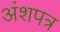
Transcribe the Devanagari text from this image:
अंशपत्र